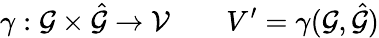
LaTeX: \gamma:\mathcal{\mathcal{G}}\times\hat{\mathcal{\mathcal{G}}}\to\mathcal{V}\quad\quad V^{\prime}=\gamma(\mathcal{G},\hat{\mathcal{G}})